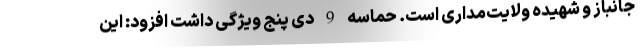
جانباز و شهیده ولایت‌مداری است. حماسه 9 دی پنج ویژگی داشت افزود: این